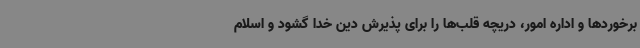
برخوردها و اداره امور، دریچه قلب‌ها را برای پذیرش دین خدا گشود و اسلام